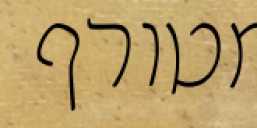
מטורף